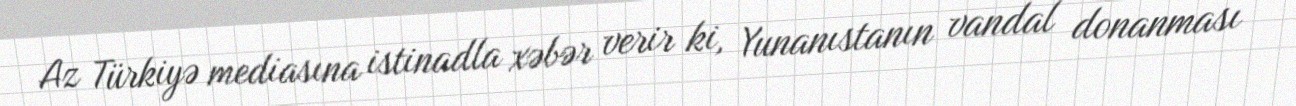
Az Türkiyə mediasına istinadla xəbər verir ki, Yunanıstanın vandal donanması